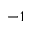
^ { - 1 }